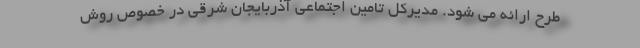
طرح ارائه می شود. مدیرکل تامین اجتماعی آذربایجان شرقی در خصوص روش